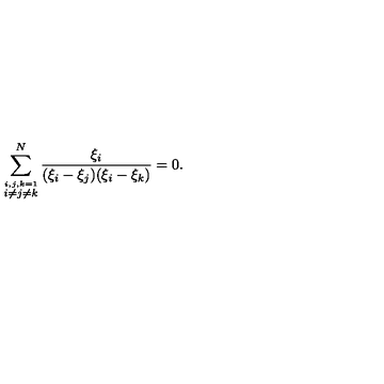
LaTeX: \sum _ { \stackrel { i , j , k = 1 } { i \neq j \neq k } } ^ { N } \frac { \xi _ { i } } { ( \xi _ { i } - \xi _ { j } ) ( \xi _ { i } - \xi _ { k } ) } = 0 .